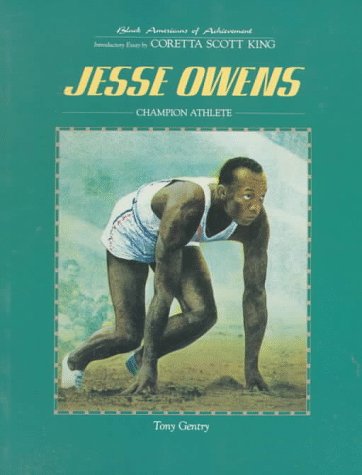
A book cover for Jesse Owens (Paperback)(Oop) (Black Americans of Achievement); Tony Gentry; Children's Books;